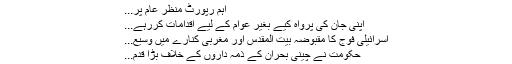
اہم رپورٹ منظر عام پر...
اپنی جان کی پرواہ کیے بغیر عوام کے لیے اقدامات کررہے...
اسرائیلی فوج کا مقبوضہ بیت المقدس اور مغربی کنارے میں وسیع...
حکومت نے چینی بحران کے ذمہ داروں کے خلاف بڑا قدم...